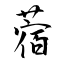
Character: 蓿